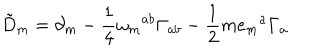
{ \tilde { D } } _ { m } = \partial _ { m } - \frac { 1 } { 4 } \omega _ { m } { } ^ { a b } \Gamma _ { a b } - \frac { 1 } { 2 } m e _ { m } { } ^ { a } \Gamma _ { a }